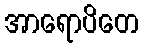
အာရောပိတေ